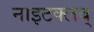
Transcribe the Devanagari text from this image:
नाइटक्लब्